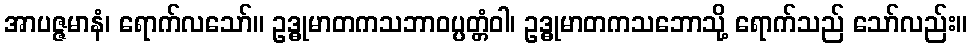
အာပဇ္ဇမာနံ၊ ရောက်လသော်။ ဥဒ္ဓုမာတကသဘာဝပ္ပတ္တံဝါ၊ ဥဒ္ဓုမာတကသဘောသို့ ရောက်သည် သော်လည်း။